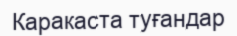
Каракаста туғандар